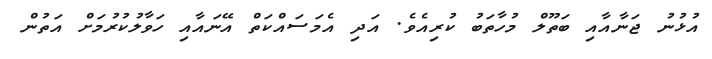
އުޅުނު ޖަނާއާއި ބަތޫލް މުހާތަބު ކުރިއެވެ. އަދި އެމަސައްކަތް އޭނައާއި ހަވާލުކުރުމަށް އަތުން